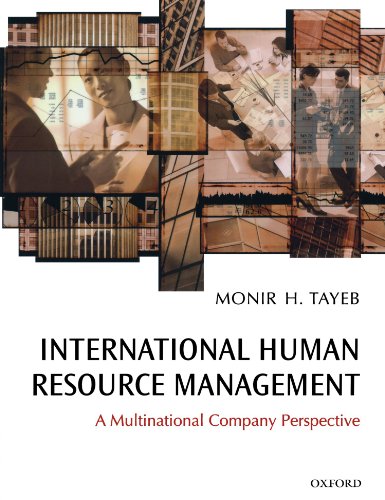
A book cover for International Human Resource Management: A Multinational Company Perspective; Monir H. Tayeb; Engineering & Transportation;